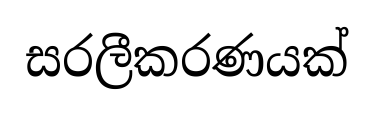
සරලීකරණයක්